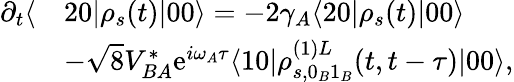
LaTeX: \begin{array}{rl}{\partial_{t}\langle}&{20|\rho_{s}(t)|00\rangle=-2\gamma_{A}\langle 20|\rho_{s}(t)|00\rangle}\\ &{-\sqrt{8}V_{BA}^{*}\mathrm{e}^{i\omega_{A}\tau}\langle 10|\rho_{s,0_{B}1_{B}}^{(1)L}(t,t-\tau)|00\rangle,}\end{array}